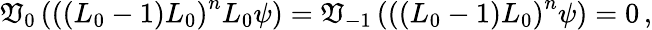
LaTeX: \mathfrak{V}_{0}\left(\left((L_{0}-1)L_{0}\right)^{n}L_{0}\psi\right)=\mathfrak{V}_{-1}\left(\left((L_{0}-1)L_{0}\right)^{n}\psi\right)=0\, ,